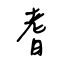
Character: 耆